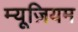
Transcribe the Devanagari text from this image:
म्‍यूज़ियम